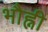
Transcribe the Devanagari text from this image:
भौह्नी